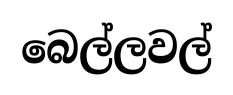
බෙල්ලවල්